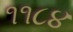
૧૧૮૪